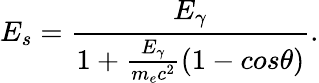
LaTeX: E_{s}=\frac{E_{\gamma}}{1+\frac{E_{\gamma}}{m_{e}c^{2}}\left(1-cos\theta\right)}.